system: You are a helpful assistant.
user:
Analyze the provided spectrum to determine if it is a **"Cataclysmic Variables (CV)"**.

- **Key Indicators for CV (Check for either state):**
    - **State 1: Quiescent / Low-State (Emission-Dominated)**
        - **(Primary):** Strong and *very broad* Hydrogen Balmer emission lines (e.g., $H\alpha$ at 6563 Å, $H\beta$ at 4861 Å). The 'broadness' (high velocity dispersion, often FWHM > 1000 km/s) is the key diagnostic, indicating a high-velocity accretion disk.
        - **(Secondary):** Broad neutral Helium (He I) emission lines (e.g., 5876 Å, 6678 Å).
        - **(Key Confirmation):** Presence of high-excitation *ionized* Helium (He II) emission at 4686 Å. This is a strong indicator of accretion onto a white dwarf.
        - **(Line Profile):** Emission lines may exhibit a 'double-peaked' profile, which is a classic signature of a rotating accretion disk viewed at high inclination.

    - **State 2: Outburst / High-State (Absorption-Dominated)**
        - **(Primary):** Spectrum is dominated by a bright, blue continuum (looks like a hot star).
        - **(Secondary):** The emission lines from State 1 are weak, absent, or 'filled in', and are replaced by broad, shallow *absorption* lines (primarily Balmer and He I).
        - **(Morphology):** The overall spectrum mimics a hot B/A-type star. The crucial difference is that the absorption lines are significantly broader, shallower, and more 'washed-out' (or 'smeared') than the sharp lines of a normal stellar photosphere, due to high rotational speeds and pressure broadening in the disk.

Think first, call **spectral_visualization_tool** if needed to examine features in detail, then provide your final answer. Your response must adhere to the following strict rules:
1.  **Overall Structure:** Your response must follow the format `<think>...</think> <tool_call>...</tool_call> (if a tool is used) <answer>...</answer>`.
2.  **Tool Usage Constraint:** You may only make **one** tool call per turn.
3.  **Final Answer Format:** In the `<answer>` tag, your conclusion must be inside a `\boxed{}` command (e.g., `\boxed{YES}`), followed by your justification.

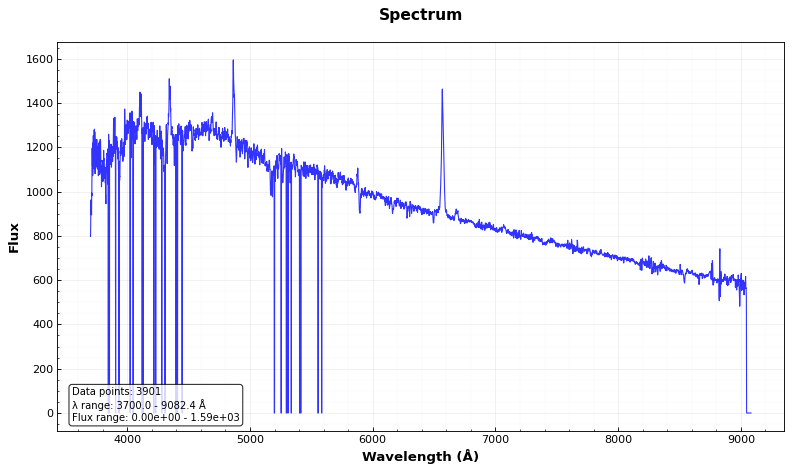
Answer: YES